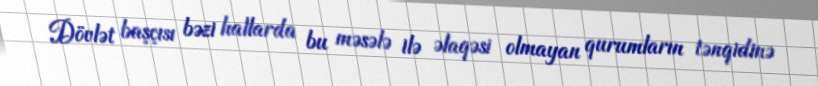
Dövlət başçısı bəzi hallarda bu məsələ ilə əlaqəsi olmayan qurumların tənqidinə